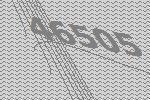
46505